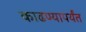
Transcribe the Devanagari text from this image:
काढण्यापर्यंत